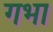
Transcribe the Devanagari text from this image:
गभा